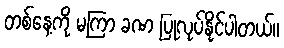
တစ်နေ့ကို မကြာ ခဏ ပြုလုပ်နိုင်ပါတယ်။